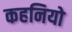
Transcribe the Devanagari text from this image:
कहनियो